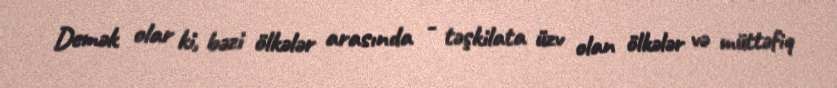
Demək olar ki, bəzi ölkələr arasında - təşkilata üzv olan ölkələr və müttəfiq